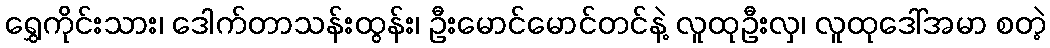
ရွှေကိုင်းသား၊ ဒေါက်တာသန်းထွန်း၊ ဦးမောင်မောင်တင်နဲ့ လူထုဦးလှ၊ လူထုဒေါ်အမာ စတဲ့